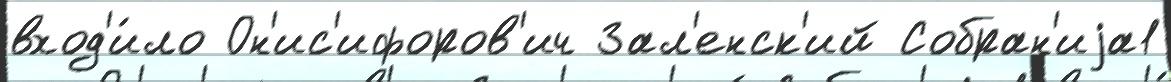
вход'и́ло Он'ис'ифоров'ич Зал'енск'ий Собран'иjа1